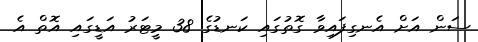
ސަން އަށް އެނގިފައިވާ ގޮތުގައި ކަނޑުގެ 38 މީޓަރު އަޑީގައި އޮތް އެ